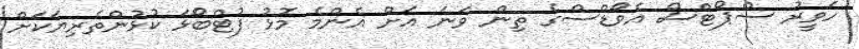
ހަވީރު ސްޕޯޓްސް އެވޯޑްސްގެ ތިން ވަނަ އަށް އެންމެ މޮޅު ފުޓްބޯޅަ ކުޅުންތެރިޔަކަށް